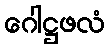
ဂေါဋ္ဌဖလံ